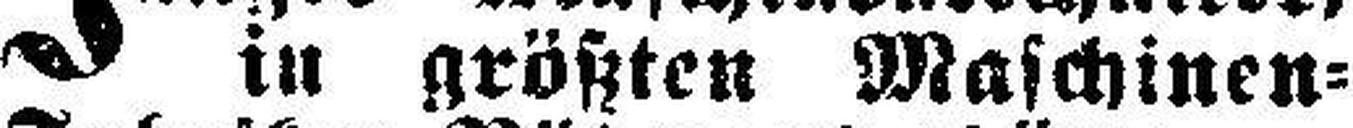
in größten Maschinen=